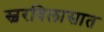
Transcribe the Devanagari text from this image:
स्वरविलासात